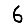
Digit: 6